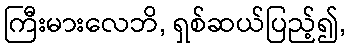
ကြီးမားလေဘိ, ရှစ်ဆယ်ပြည့်၍,